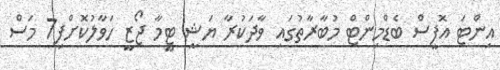
އިންޓަ އޮފީސް ބެޑްމިންޓް މުބާރާތުގައި ވާދަކުރާ ޔަޝީ ޓީމާ ޖޯޒީ ހަވާލުކޮށްފި7 މަސް